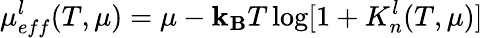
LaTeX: \mu_{eff}^{l}(T,\mu)=\mu-\mathbf{k}_{\mathbf{B}}T\log[1+K_{n}^{l}(T,\mu)]